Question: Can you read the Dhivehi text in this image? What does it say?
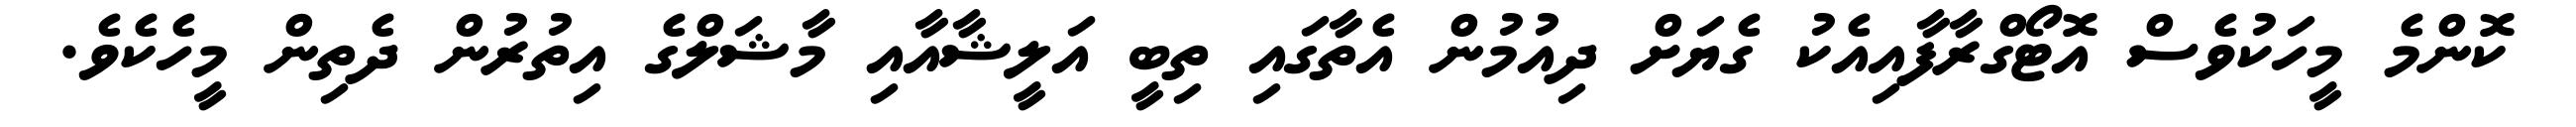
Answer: ކޮންމެ މީހަކުވެސް އޮޓޯގްރާފާއިއެކު ގެޔަށް ދިއުމުން އެތާގައި ތިބީ އަލީޝާއާއި މާޝަލްގެ އިތުރުން ދެތިން މީހެކެވެ.